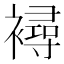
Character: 襑